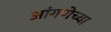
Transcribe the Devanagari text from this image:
आंगणेच्या